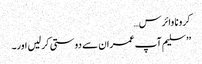
کرونا وائرس…
’’ سلیم آپ عمران سے دوستی کر لیں اور۔